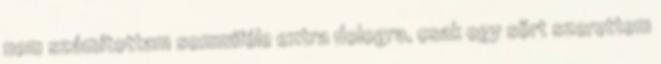
nem számítottam semmiféle extra dologra, csak egy sört szerettem